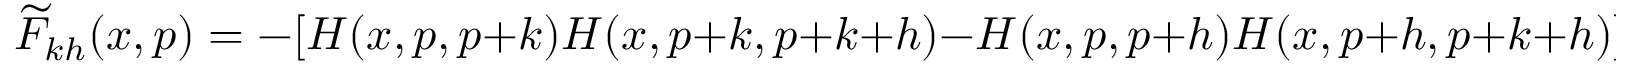
\widetilde F _ { k h } ( x , p ) = - [ H ( x , p , p + k ) H ( x , p + k , p + k + h ) - H ( x , p , p + h ) H ( x , p + h , p + k + h ) ] .